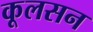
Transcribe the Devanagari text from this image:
कूलसन